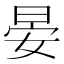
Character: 晏